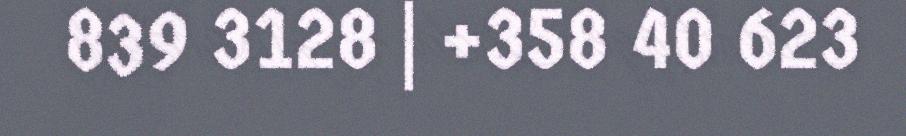
839 3128 | +358 40 623